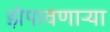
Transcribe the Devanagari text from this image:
झेपावणाऱ्या